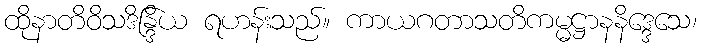
ထိုနာတိဝိသဒိန္ဒြိယ ရဟန်းသည်။ ကာယဂတာသတိကမ္မဋ္ဌာနနိဒ္ဒေသေ၊